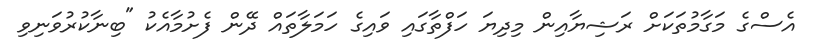
އެސްގެ މަގާމުތަކަށް ރަޝިޔާއިން މިދިޔަ ހަފްތާގައި ވައިގެ ހަމަލާތައް ދޭން ފެށުމާއެކު "ބިނާކުރުވަނިވި